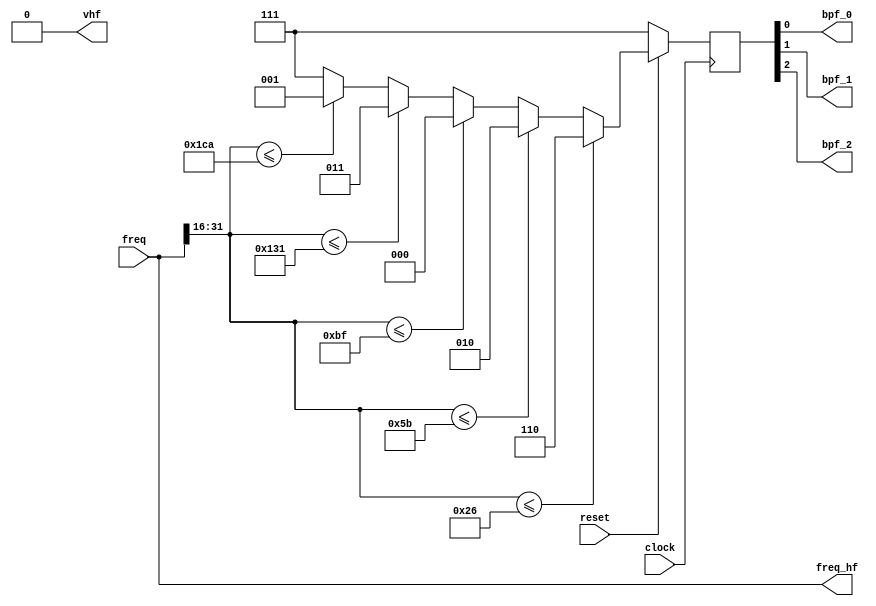
module bpf_ctrl (
   input clock,
	input reset,
   input [31:0]freq,
	output [31:0] freq_hf,
	//
	output bpf_0,
	output bpf_1,
	output bpf_2,
	output vhf
	);

	
wire DATA = 0, CLK = 0, EN = 0;
assign bpf_0 = !vhf ? _bpf[0] : DATA;
assign bpf_1 = !vhf ? _bpf[1] : CLK;
assign bpf_2 = !vhf ? _bpf[2] : EN;
//
assign vhf = 0; // freq[31:16] > 458;

assign freq_hf = freq;

reg [2:0] _bpf;
	
always @(posedge clock)	
if(!reset)
begin
   _bpf <= 3'd7;
end
else
begin
   if (freq[31:16] <= 38) _bpf <= 3'd6; // 0-2.5MHz
	else
	if (freq[31:16] <= 91) _bpf <= 3'd2; // 2.5-6.0 MHz
	else
	if (freq[31:16] <= 191) _bpf <= 3'd0; // 6.0 - 12.5 MHz
	else
	if (freq[31:16] <= 305) _bpf <= 3'd3; // 12.5 - 20.0 MHz
	else
	if (freq[31:16] <= 458) _bpf <= 3'd1; // 20 - 30 MHz
	else
	_bpf <= 3'd7; // > 30 MHz Bypass
end	
//


reg [7:0] state;

always @(posedge clock)
if(!reset)
begin
   state <= 1'd0;
end
else case (state)

   0: state <= 0;
	
	
   default: state <= 1'd0;
	





endcase
	
endmodule